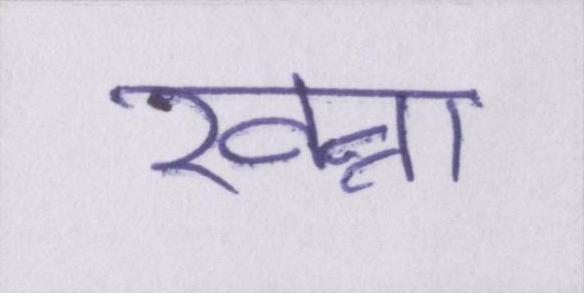
खन्ना